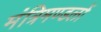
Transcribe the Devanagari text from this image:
मंत्रिमण्डलों